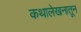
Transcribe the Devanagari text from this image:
कथालेखनातून